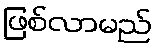
ဖြစ်လာမည်